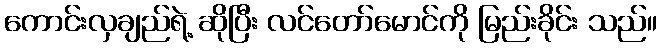
ကောင်းလှချည်ရဲ့ ဆိုပြီး လင်တော်မောင်ကို မြည်းခိုင်း သည်။